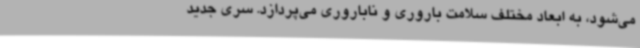
می‌شود، به ابعاد مختلف سلامت باروری و ناباروری می‌پردازد. سری جدید